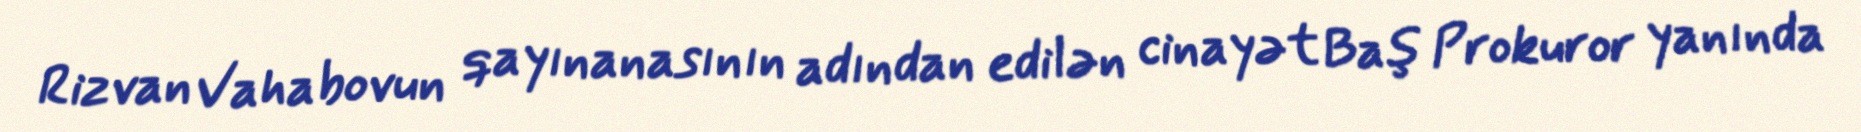
Rizvan Vahabovun qayınanasının adından edilən cinayət Baş Prokuror yanında